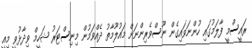
ރައީސްމީ ފާލަމުގައި ހުންނަވައިގެން ނޫސްވެރިންނަށް މައުލޫމާތު ދެއްވަމުން މިނިސްޓަރު ޝަހީމް ވިދާޅުވީ މިއީ